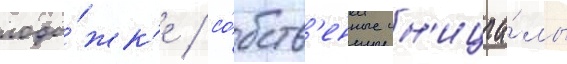
лоды́жк'е / со́бств'енные ин'ициа́лы